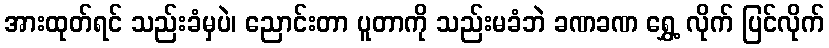
အားထုတ်ရင် သည်းခံမှပဲ၊ ညောင်းတာ ပူတာကို သည်းမခံဘဲ ခဏခဏ ရွှေ့ လိုက် ပြင်လိုက်